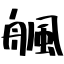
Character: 䑺